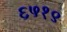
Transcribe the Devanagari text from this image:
६५१९